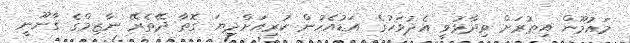
މައުމޫން އިތުރަށް ވިދާޅުވީ އެދުވަހުގެ އަޑުއެހުން ކުރިއަށްދިޔަ ގޮތާ ދޭތެރޭ ނާޒިމްގެ ގާނޫނީ